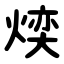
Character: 㷜